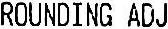
ROUNDING ADJ